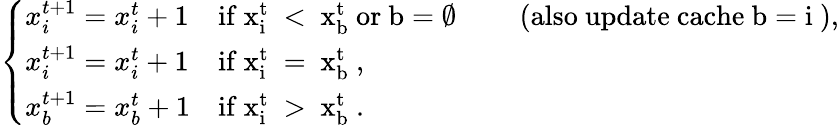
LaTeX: \left\{ \begin{array}{ll}{x_{i}^{t+1}=x_{i}^{t}+1}&{\mathrm{if~x_{i}^{t}~<~x_{b}^{t}~or~b=\emptyset~}\qquad\mathrm{(also~update~cache~b=i~)},}\\ {x_{i}^{t+1}=x_{i}^{t}+1}&{\mathrm{if~x_{i}^{t}~=~x_{b}^{t}~},}\\ {x_{b}^{t+1}=x_{b}^{t}+1}&{\mathrm{if~x_{i}^{t}~>~x_{b}^{t}~}.}\end{array}\right.